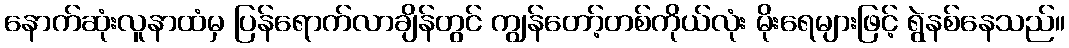
နောက်ဆုံးလူနာထံမှ ပြန်ရောက်လာချိန်တွင် ကျွန်တော့်တစ်ကိုယ်လုံး မိုးရေများဖြင့် ရွဲနစ်နေသည်။